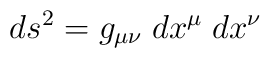
ds^2 = g_{\mu \nu} \; dx^{\mu} \; dx^{\nu}